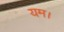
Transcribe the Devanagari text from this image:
यम।